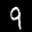
Label: 9